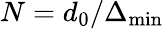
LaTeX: N=d_{0}/\Delta_{\operatorname*{min}}